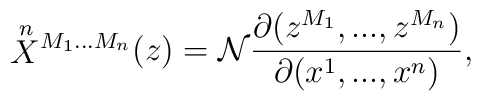
\mbox{$\stackrel{n}{X}$$^{M_1...M_n}$}(z)={\cal N}\frac{\partial(z^{M_1},...,z^{M_n})}{\partial(x^1,...,x^n)},